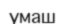
умаш